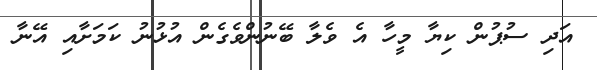
އަދި ސުޕުން ކިޔާ މީހާ އެ ވެލާ ބޭނުންވެގެން އުޅުނު ކަމަށާއި އޭނާ